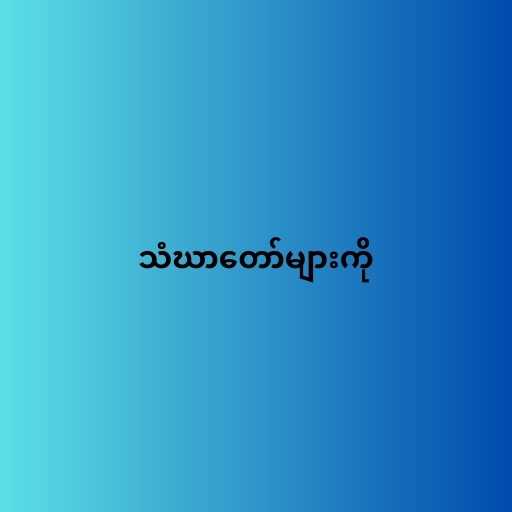
သံဃာတော်များကို